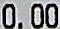
0.00